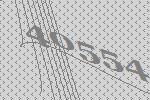
40554